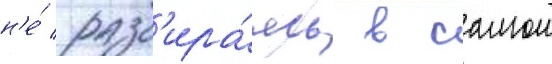
н'е́ разб'ира́ясь в самом